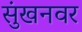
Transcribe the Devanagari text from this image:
सुंखनवर